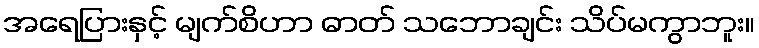
အရေပြားနှင့် မျက်စိဟာ ဓာတ် သဘောချင်း သိပ်မကွာဘူး။